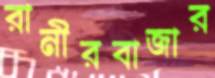
রানীরবাজার